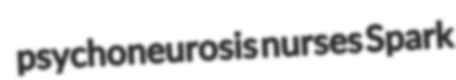
psychoneurosis nurses Spark